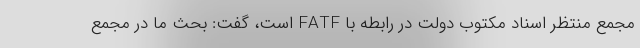
مجمع منتظر اسناد مکتوب دولت در رابطه با FATF است، گفت: بحث ما در مجمع